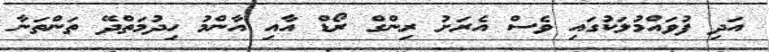
އަދި ފުވައްމުލަކުގައި ވެސް އެރަށު ރިންގް ރޯޑް އާއި އާންމު ހިދުމަތްދޭ ތަންތަނާ